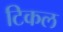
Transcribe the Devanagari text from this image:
टिकल